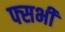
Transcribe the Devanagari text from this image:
फ्सभी